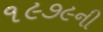
૧૯૭૯ની